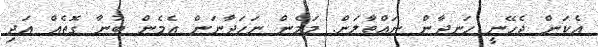
އެކަން ޖެހޭނީ ހަނދާން ނައްތާލަން. މަމެން ނަހަދާނަން އެމެން ބުނާ ގޮތެއް އަދި